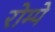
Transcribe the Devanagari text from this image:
रोम्पे